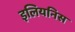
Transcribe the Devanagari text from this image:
इलियनिस